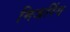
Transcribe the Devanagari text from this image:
मिजरिंग